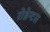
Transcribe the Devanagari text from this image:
रोडेन्टस